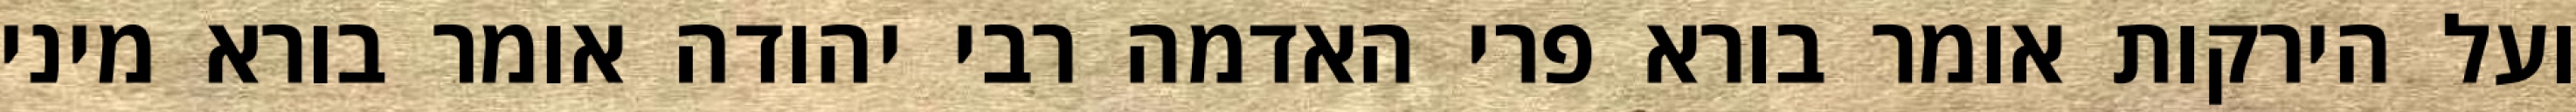
ועל הירקות אומר בורא פרי האדמה רבי יהודה אומר בורא מיני